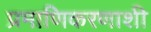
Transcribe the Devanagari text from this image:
प्रमाणिकरणाशी